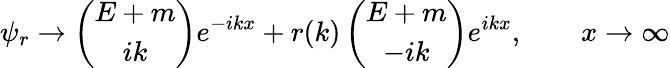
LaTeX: \psi_{r}\to\left(\begin{array}{c}{{E+m}}\\ {{ik}}\end{array}\right)e^{-ikx}+r(k)\left(\begin{array}{c}{{E+m}}\\ {{-ik}}\end{array}\right)e^{ikx},\qquad x\to\infty